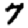
Digit: 7